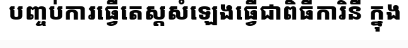
បញ្ចប់ការធ្វើតេស្តសំឡេងធ្វើជាពិធីការិនី ក្នុង